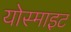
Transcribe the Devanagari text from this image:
योस्माइट